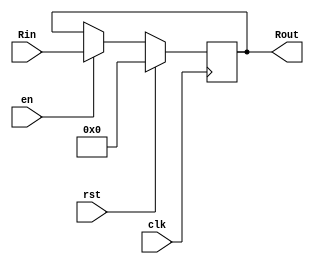
`timescale 1ns / 1ps

module PC_register(
    input clk,
    input rst,
    input en,
    input[31:0] Rin,
    output reg[31:0] Rout
    );
    
    always @(posedge clk) 
    begin
        if(rst == 1'b1)
            Rout <= 32'd0;
        else if (en == 1'b1) 
            Rout <= Rin; 
    end
    
endmodule